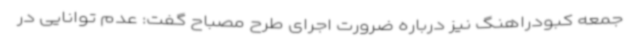
جمعه کبودراهنگ نیز درباره ضرورت اجرای طرح مصباح گفت: عدم توانایی در